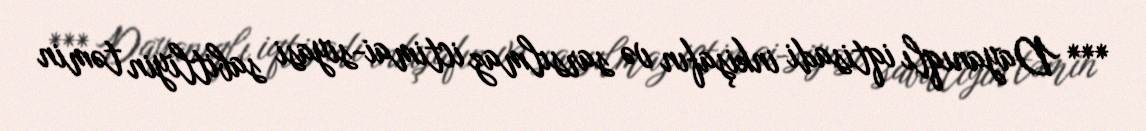
*** Dayanıqlı iqtisadi inkişafın və sarsılmaz ictimai-siyasi sabitliyin təmin